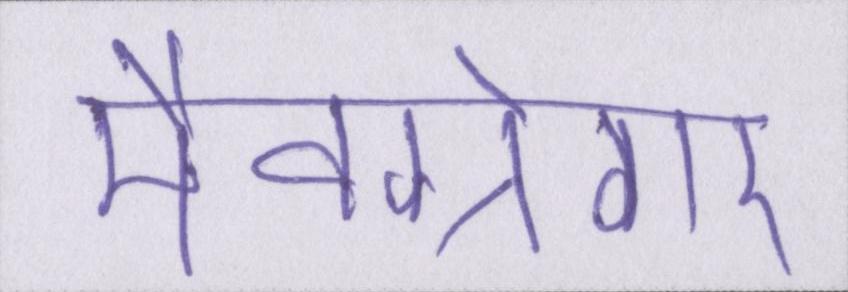
मैक्ग्रेगर